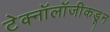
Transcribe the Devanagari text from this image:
टेक्नॉलॉजीकडून